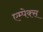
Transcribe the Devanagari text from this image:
एम्पेक्स